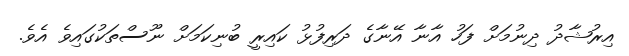
އިރުޝާދު ދިނުމަށް ފަހު އާނާ އޭނާގެ ދަރިފުޅު ކައިރީ ބުނިކަމަށް ނޫސްތަކުގައިވެ އެވެ.